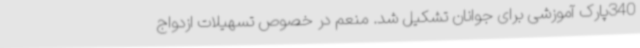
340پارک آموزشی برای جوانان تشکیل شد. منعم در خصوص تسهیلات ازدواج